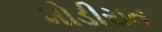
મોડીરાત